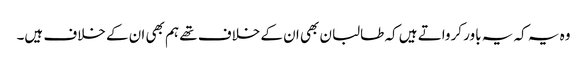
وہ یہ کہ یہ باور کرواتے ہیں کہ طالبان بھی ان کے خلاف تھے ہم بھی ان کے خلاف ہیں۔